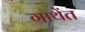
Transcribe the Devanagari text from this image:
गाथेंत